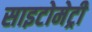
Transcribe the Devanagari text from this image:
साइटोमेट्री